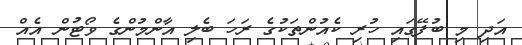
އަދި މި ބުފޭގައި ހުރި ކެއުންތަކުގެ ރަހަ ބެލި އާންމުންގެ ވޯޓުން އެއް